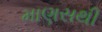
માણસથી